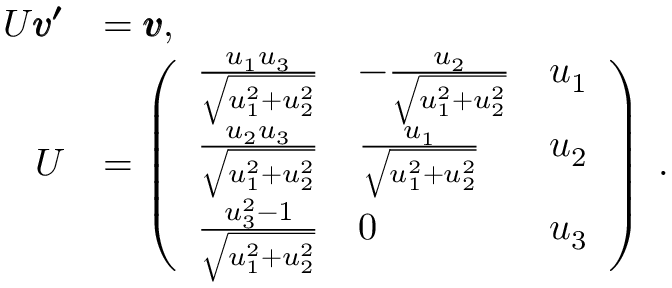
\begin{array} { r l } { U \pmb { v ^ { \prime } } } & { = \pmb { v } , \; \; } \\ { U } & { = \left( \begin{array} { l l l } { \frac { u _ { 1 } u _ { 3 } } { \sqrt { u _ { 1 } ^ { 2 } + u _ { 2 } ^ { 2 } } } } & { - \frac { u _ { 2 } } { \sqrt { u _ { 1 } ^ { 2 } + u _ { 2 } ^ { 2 } } } } & { u _ { 1 } } \\ { \frac { u _ { 2 } u _ { 3 } } { \sqrt { u _ { 1 } ^ { 2 } + u _ { 2 } ^ { 2 } } } } & { \frac { u _ { 1 } } { \sqrt { u _ { 1 } ^ { 2 } + u _ { 2 } ^ { 2 } } } } & { u _ { 2 } } \\ { \frac { u _ { 3 } ^ { 2 } - 1 } { \sqrt { u _ { 1 } ^ { 2 } + u _ { 2 } ^ { 2 } } } } & { 0 } & { u _ { 3 } } \end{array} \right) \; . } \end{array}